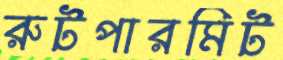
রুটপারমিট